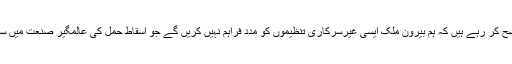
میرے آج کے فیصلے کے نتیجے میں اب ہم یہ بھی واضح کر رہے ہیں کہ ہم بیرون ملک ایسی غیرسرکاری تنظیموں کو مدد فراہم نہیں کریں گے جو اسقاط حمل کی عالمگیر صنعت میں سرگرم دیگر غیرملکی گروہوں کو مالی معاونت دیتی ہیں۔